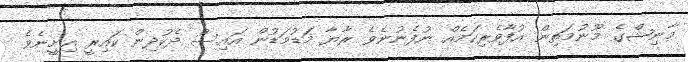
މާނިޝްގެ މޫނުމަތިން އުފާވެރިކަމެއް ނުފެނުނެވެ ރާޔާ މަޑުމަޑުން އައިސް ދެކުދިން ކައިރީ އިށީނެވެ.